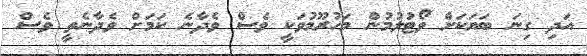
އަދި ގިނަ ބަޔަކަށް ވޯޓުލުމުން މަހުރޫމުވަކީ ވެސް ވެދާނެ ކަމަށް ވެދާނެތީ ވެސް